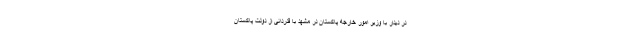
در دیدار با وزیر امور خارجه پاکستان در مشهد با قدردانی از دولت پاکستان